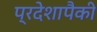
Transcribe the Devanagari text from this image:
प्रदेशापैकी